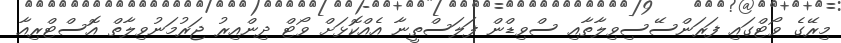
މިރޭގެ ވޯޓްގައި ފަރަންސޭސިވިލާތާއި ސްވިޑްން ފަލަސްތީނާ އެއްކޮޅަށް ވޯޓް ދިންއިރު ޖަރުމަނުވިލާތް އޮސްޓްރިއާ